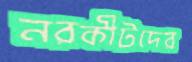
নরকীটদের